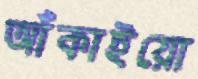
আঁকাইয়ো